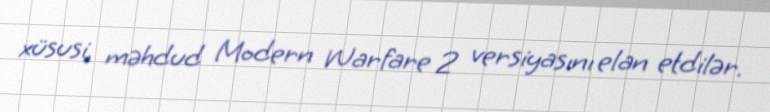
xüsusi, məhdud Modern Warfare 2 versiyasını elan etdilər.